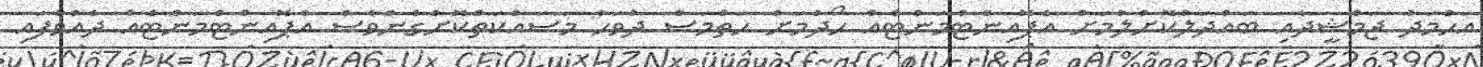
އަޙްމަދު ޖަމްޝީދާއި ބައްދަލުކޮށްލުމަށް އެޕޮއިންޓްމަންޓެއް ހޯދުމަށް ހަތްމަސް ދުވަހު މަސައްކަތްކޮށްގެންވެސް އެޕޮއިންޓްމަންޓެއް ދެއްވާފައި